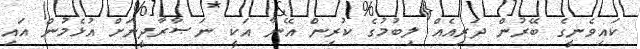
ކައިވެނީގެ ބޭރުން ދަރިއެއް ލިބުމުގެ ކުރިން އޭނާ އަކީ ނަޞާރާދީނަށް އުޅެމުން އައި